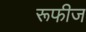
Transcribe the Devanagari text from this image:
रूफीज